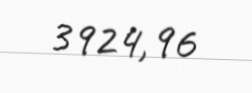
3924,96